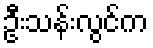
ဦးသန်းလွင်က